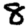
Digit: 8